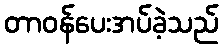
တာဝန်ပေးအပ်ခဲ့သည်